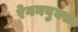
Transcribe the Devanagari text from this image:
रेगनबुक्स